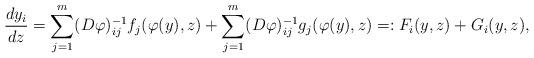
LaTeX: \begin{align*}\frac{dy_i}{dz} = \sum^m_{j=1}(D\varphi )^{-1}_{ij}f_j(\varphi (y),z)+ \sum^m_{j=1}(D\varphi )^{-1}_{ij}g_j(\varphi (y),z) =: F_i(y,z) + G_i(y,z),\end{align*}